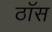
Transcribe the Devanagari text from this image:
ठॉस